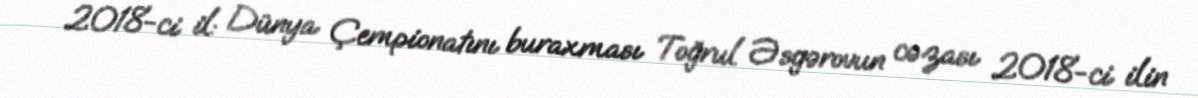
2018-ci il: Dünya Çempionatını buraxması Toğrul Əsgərovun cəzası 2018-ci ilin